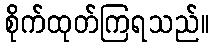
စိုက်ထုတ်ကြရသည်။